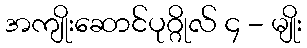
အကျိုးဆောင်ပုဂ္ဂိုလ် ၄ - မျိုး